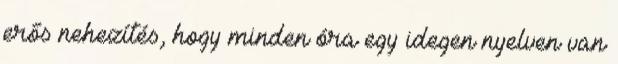
erős nehezítés, hogy minden óra egy idegen nyelven van